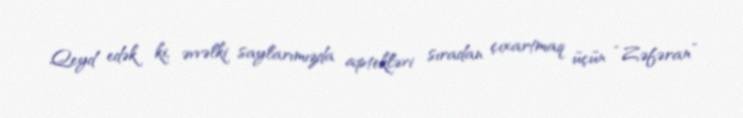
Qeyd edək ki, əvvəlki saylarımızda aptekləri sıradan çıxartmaq üçün “Zəfəran”